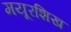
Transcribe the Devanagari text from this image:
मयूरशिख